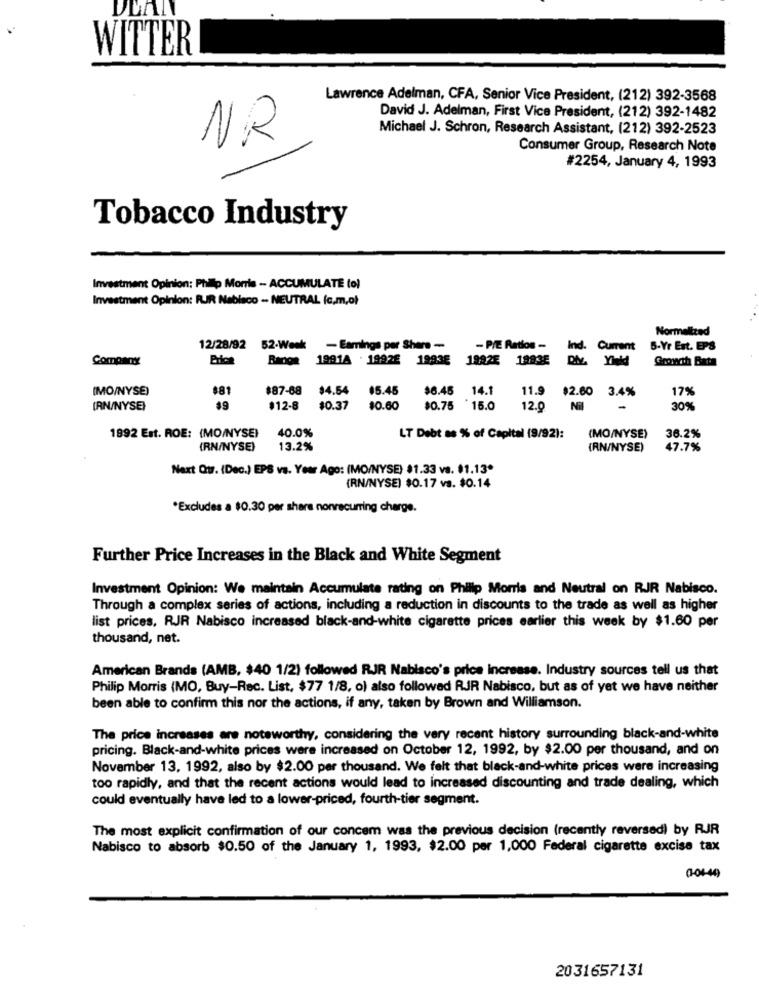
DLAN
WITTER
Lawrence Adelman, CFA, Senior Vice President, (212) 392-3568
David J. Adelman, First Vice President, (212) 392-1482
Michael J. Schron, Research Assistant, (212) 392-2523
NR
Consumer Group, Research Note
#2254, January 4, 1993
Tobacco Industry
Investment Opinion: Philip Morris - ACCUMULATE (o)
Investment Opinion: RIR Nabisco - NEUTRAL (c.m,o)
Normaltted
12/28/92
52-Week
- Earnings per Share -
- P/E Ratios -
Ind. Current
5-Yr Est. EPS
Company
Banion
1981A . 19926
1993E
1992E
19935
Growth Bata
(MO/NYSE)
$81
$87-88
94.54
$5.45
$6.45
14.1
11.9
17%
$2.60 3.4%
(RN/NYSE)
$9
$12-8
$0.37
$0.60
$0.75
`15.0
12.0
Nil
30%
40.0%
1892 Est. ROE: (MO/NYSE)
LT Debt as % of Capital (9/92):
(MO/NYSE)
36.2%
(RN/NYSE)
13.2%
(RN/NYSE)
47.7%
Next Qtr. (Dec.) EPS vs. Year Ago: (MO/NYSE) $1.33 va. $1.13*
(RN/NYSE) $0.17 vs. $0.14
*Excludes a $0.30 per share nonrecurring charge.
Further Price Increases in the Black and White Segment
Investment Opinion: We maintain Accumulate rating on Philip Morris and Neutral on RJR Nabisco.
Through a complex series of actions, including a reduction in discounts to the trade as well as higher
list prices. RJR Nabisco increased black-and-white cigarette prices earlier this week by $1.60 per
thousand, net.
American Brands (AMB, $40 1/2) followed RJR Nabisco's price increase. Industry sources tell us that
Philip Morris (MO, Buy-Rec. List, $77 1/8, o) also followed RJR Nabisco, but as of yet we have neither
been able to confirm this nor the actions, if any, taken by Brown and Williamson.
The price increases are noteworthy, considering the very recent history surrounding black-and-white
pricing. Black-and-white prices were increased on October 12, 1992, by $2.00 per thousand, and on
November 13, 1992, also by $2.00 per thousand. We felt that black-and-white prices were increasing
too rapidly, and that the recent actions would lead to increased discounting and trade dealing, which
could eventually have led to a lower-priced, fourth-tier segment.
The most explicit confirmation of our concem was the previous decision (recently reversed) by RJR
Nabisco to absorb $0.50 of the January 1, 1993, $2.00 per 1,000 Federal cigarette excise tax
0-0449
2031657131